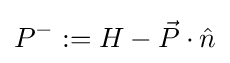
P^{-}:=H-{\vec {P}}\cdot {\hat {n}}